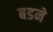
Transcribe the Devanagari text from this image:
बडने